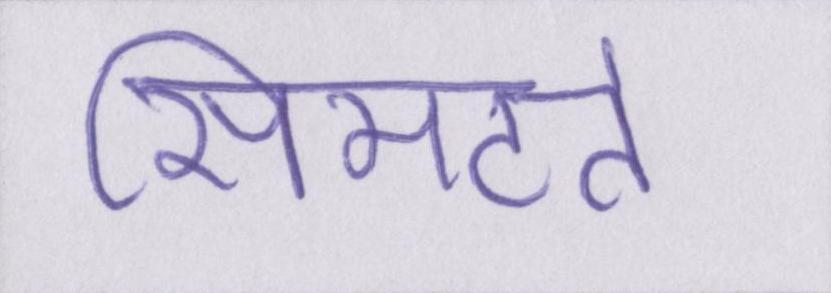
सिमटते